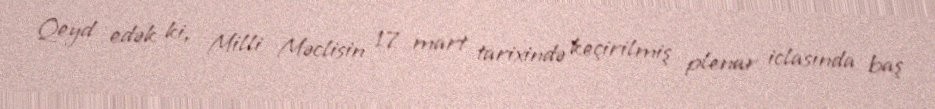
Qeyd edək ki, Milli Məclisin 17 mart tarixində keçirilmiş plenar iclasında baş